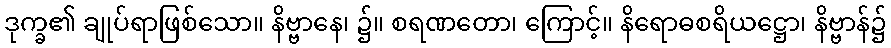
ဒုက္ခ၏ ချုပ်ရာဖြစ်သော။ နိဗ္ဗာနေ၊ ၌။ စရဏတော၊ ကြောင့်။ နိရောဓစရိယဋ္ဌော၊ နိဗ္ဗာန်၌